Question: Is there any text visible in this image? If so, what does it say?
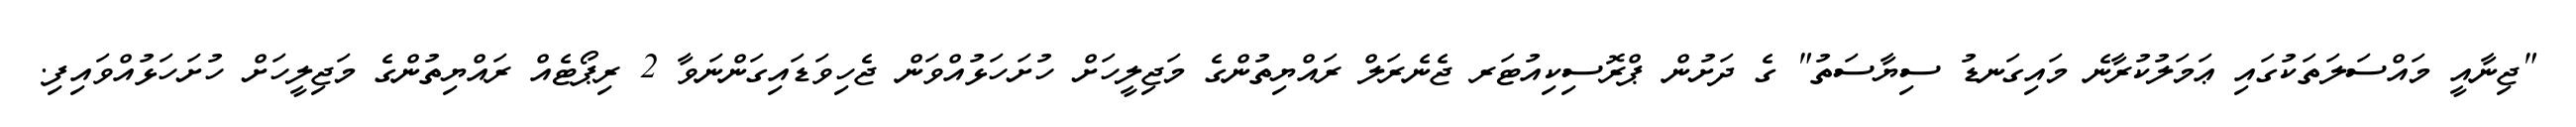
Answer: "ޖިނާއީ މައްސަލަތަކުގައި ޢަމަލުކުރާނެ މައިގަނޑު ސިޔާސަތު" ގެ ދަށުން ޕްރޮސިކިއުޓަރ ޖެނެރަލް ރައްޔިތުންގެ މަޖިލީހަށް ހުށަހަޅުއްވަން ޖެހިވަޑައިގަންނަވާ 2 ރިޕޯޓެއް ރައްޔިތުންގެ މަޖިލީހަށް ހުށަހަޅުއްވައިފި.